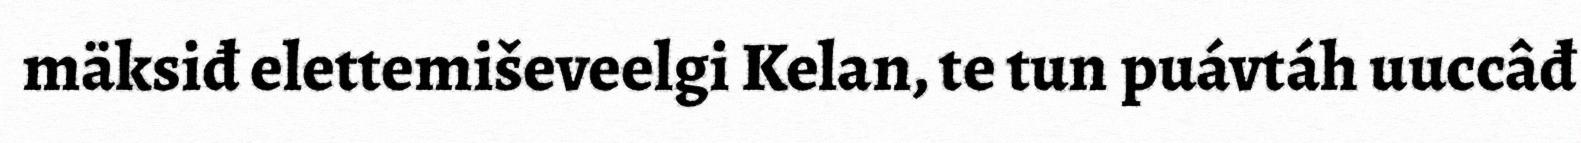
mäksiđ elettemiševeelgi Kelan, te tun puávtáh uuccâđ